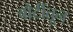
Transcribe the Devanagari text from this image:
बोटींतून